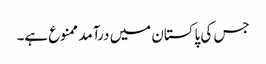
جس کی پاکستان میں درآمد ممنوع ہے۔